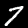
Label: 7